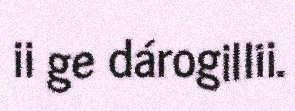
ii ge dárogillii.